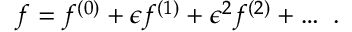
f = f ^ { ( 0 ) } + \epsilon f ^ { ( 1 ) } + \epsilon ^ { 2 } f ^ { ( 2 ) } + \ldots \ .